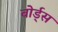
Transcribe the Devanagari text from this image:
वोर्ड्स